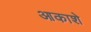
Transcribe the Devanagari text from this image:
आकाशे